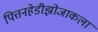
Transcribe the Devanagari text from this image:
पित्तनहेडीझोजाकला